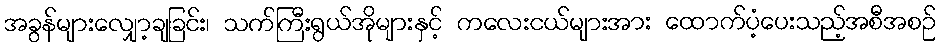
အခွန်များလျှော့ချခြင်း၊ သက်ကြီးရွယ်အိုများနှင့် ကလေးငယ်များအား ထောက်ပံ့ပေးသည့်အစီအစဉ်